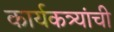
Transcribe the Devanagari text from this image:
कार्यकत्र्यांची